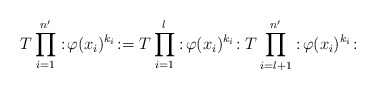
\begin{align*}T \prod_{i=1}^{n'} :\! \varphi(x_i)^{k_i}\!:= T \prod_{i=1}^l :\! \varphi(x_i)^{k_i}\!: T \prod_{i=l+1}^{n'} :\! \varphi(x_i)^{k_i}\!:\end{align*}